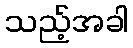
သည့်အခါ